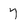
Character: 7